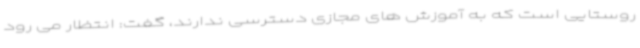
روستایی است که به آموزش های مجازی دسترسی ندارند، گفت: انتظار می رود